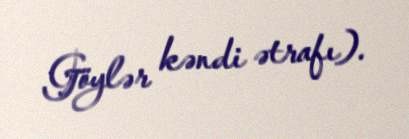
Göylər kəndi ətrafı).